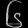
Digit: ၆